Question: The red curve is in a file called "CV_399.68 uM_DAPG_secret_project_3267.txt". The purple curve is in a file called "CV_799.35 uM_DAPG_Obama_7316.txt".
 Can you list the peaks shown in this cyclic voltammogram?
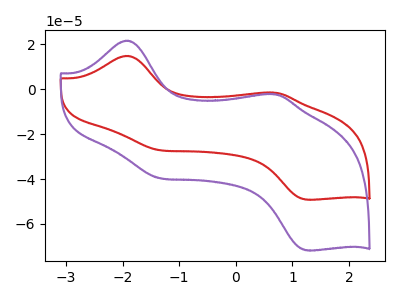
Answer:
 <answer>The red curve "DAPG_399.68 uM" has anodic peaks at (-1.95V, 14.80uA) (0.70V, -1.55uA) and cathodic peaks at (-1.35V, -27.15uA) (1.25V, -49.20uA). The purple curve "DAPG_799.35 uM" has anodic peaks at (-1.95V, 21.60uA) (0.70V, -2.30uA) and cathodic peaks at (-1.35V, -39.60uA) (1.25V, -71.80uA).</answer>
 <eval></eval>